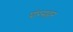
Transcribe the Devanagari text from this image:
घोरसहन